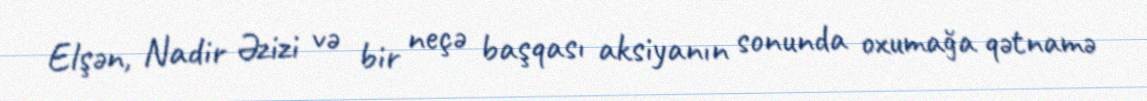
Elşən, Nadir Əzizi və bir neçə başqası aksiyanın sonunda oxumağa qətnamə